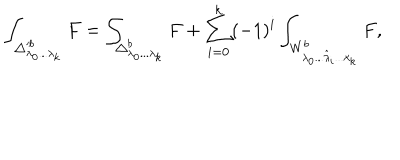
LaTeX: \int _ { \triangle _ { \lambda _ { 0 } . . . \lambda _ { k } } ^ { \prime b } } F = \int _ { \triangle _ { \lambda _ { 0 } . . . \lambda _ { k } } ^ { b } } F + \sum _ { i = 0 } ^ { k } ( - 1 ) ^ { i } \int _ { W _ { \lambda _ { 0 } . . . \hat { \lambda } _ { i } . . . \lambda _ { k } } ^ { b } } F ,